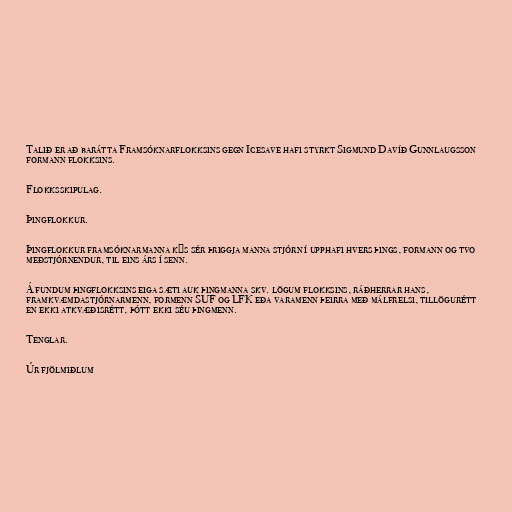
Talið er að barátta Framsóknarflokksins gegn Icesave hafi styrkt Sigmund Davíð Gunnlaugsson
formann flokksins.

Flokksskipulag.

Þingflokkur.

Þingflokkur framsóknarmanna kýs sér þriggja manna stjórn í upphafi hvers þings, formann og tvo
meðstjórnendur, til eins árs í senn.

Á fundum þingflokksins eiga sæti auk þingmanna skv. lögum flokksins, ráðherrar hans,
framkvæmdastjórnarmenn, formenn SUF og LFK eða varamenn þeirra með málfrelsi, tillögurétt
en ekki atkvæðisrétt, þótt ekki séu þingmenn.

Tenglar.

Úr fjölmiðlum